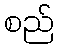
စည်